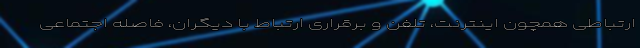
ارتباطی همچون اینترنت، تلفن و برقراری ارتباط با دیگران، فاصله اجتماعی